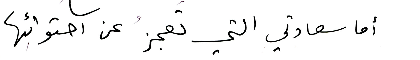
أما سعادتي التي تعجزُ، عن احتوائِها